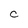
Character: C